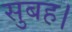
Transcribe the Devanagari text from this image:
सुबह।